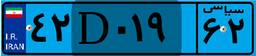
۳۴D۶۰۲۲۵